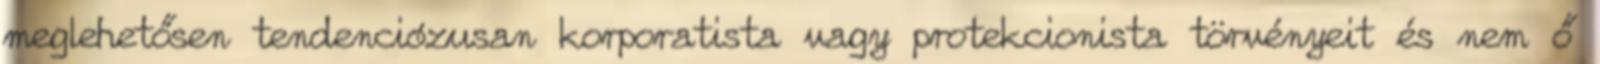
meglehetősen tendenciózusan korporatista vagy protekcionista törvényeit és nem ő